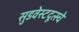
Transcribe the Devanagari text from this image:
सुडवेस्टदूत्स्चे